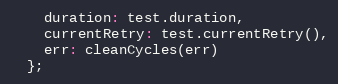
Language: JavaScript
    duration: test.duration,
    currentRetry: test.currentRetry(),
    err: cleanCycles(err)
  };